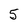
Character: 5